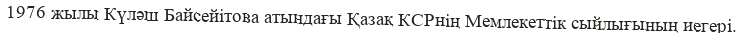
1976 жылы Күләш Байсейітова атындағы Қазақ КСРнің Мемлекеттік сыйлығының иегері.